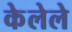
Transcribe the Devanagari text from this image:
केेलेले